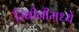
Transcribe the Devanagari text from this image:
रिबीनीमध्ये